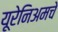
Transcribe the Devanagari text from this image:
यूरेनिअमचे